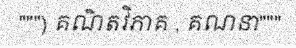
""") គណិតវិភាគ , គណនា"""